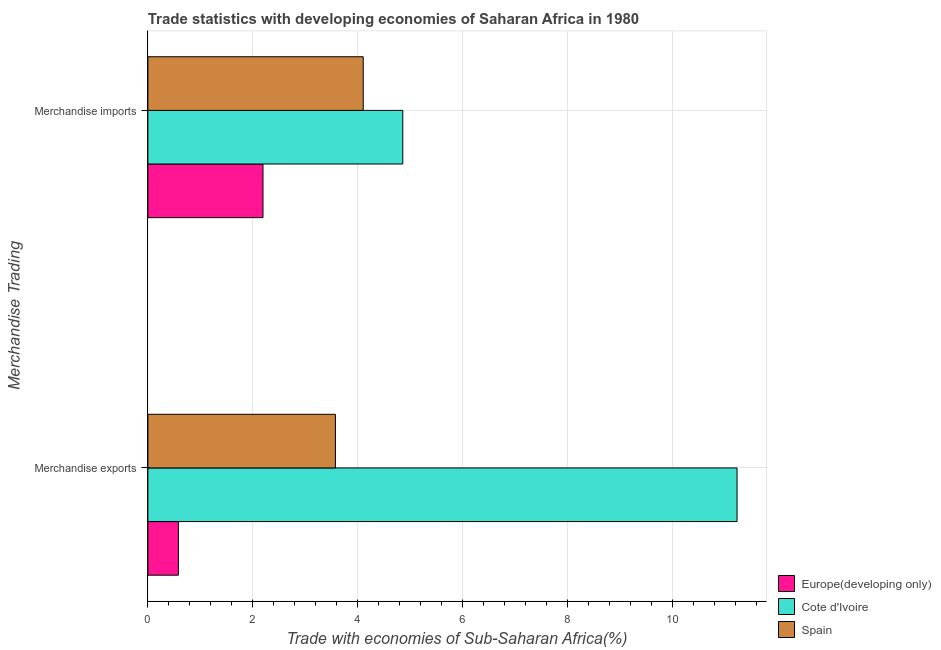
| Merchandise Trading | Europe(developing only) | Cote d'Ivoire | Spain |
 | --- | --- | --- | --- |
 | Merchandise exports | 0.581 | 11.2 | 3.58 |
 | Merchandise imports | 2.19 | 4.86 | 4.11 |